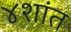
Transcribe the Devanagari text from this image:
४शांत